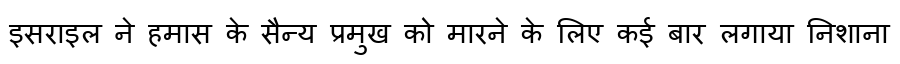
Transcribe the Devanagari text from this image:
इसराइल ने हमास के सैन्य प्रमुख को मारने के लिए कई बार लगाया निशाना